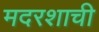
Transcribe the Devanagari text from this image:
मदरशाची